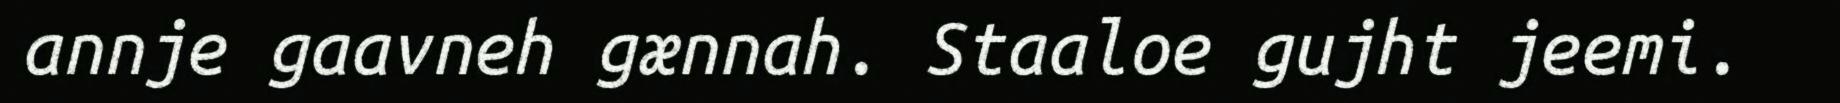
annje gaavneh gænnah. Staaloe gujht jeemi.